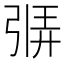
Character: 𫸷